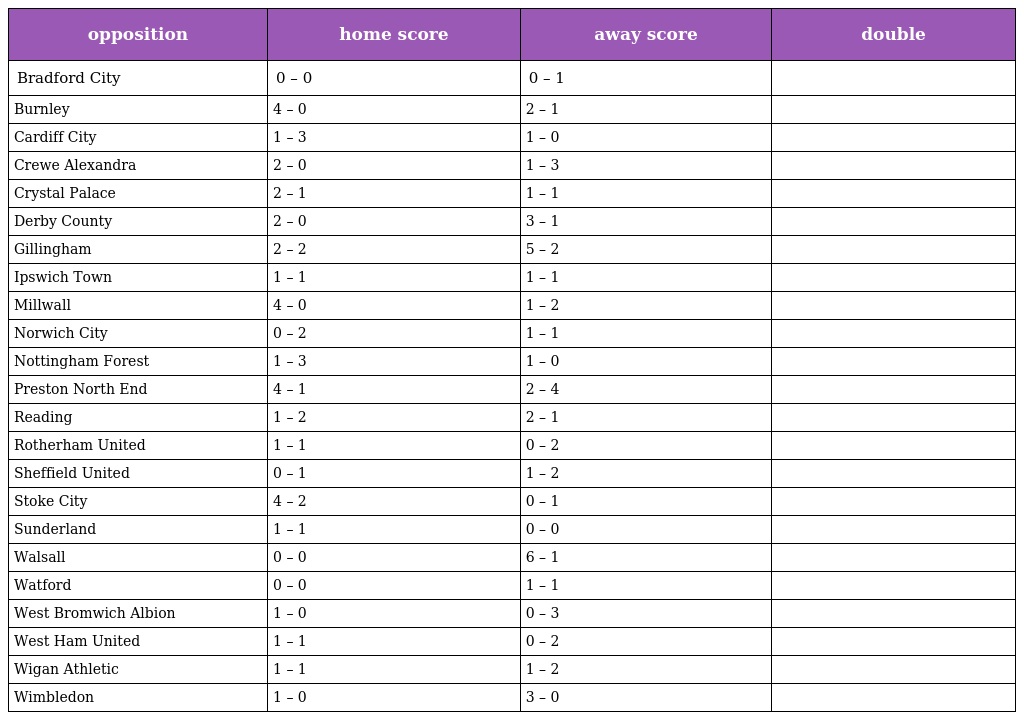
| opposition | home score | away score | double |
 | --- | --- | --- | --- |
 | Bradford City | 0 – 0 | 0 – 1 |  |
 | Burnley | 4 – 0 | 2 – 1 |  |
 | Cardiff City | 1 – 3 | 1 – 0 |  |
 | Crewe Alexandra | 2 – 0 | 1 – 3 |  |
 | Crystal Palace | 2 – 1 | 1 – 1 |  |
 | Derby County | 2 – 0 | 3 – 1 |  |
 | Gillingham | 2 – 2 | 5 – 2 |  |
 | Ipswich Town | 1 – 1 | 1 – 1 |  |
 | Millwall | 4 – 0 | 1 – 2 |  |
 | Norwich City | 0 – 2 | 1 – 1 |  |
 | Nottingham Forest | 1 – 3 | 1 – 0 |  |
 | Preston North End | 4 – 1 | 2 – 4 |  |
 | Reading | 1 – 2 | 2 – 1 |  |
 | Rotherham United | 1 – 1 | 0 – 2 |  |
 | Sheffield United | 0 – 1 | 1 – 2 |  |
 | Stoke City | 4 – 2 | 0 – 1 |  |
 | Sunderland | 1 – 1 | 0 – 0 |  |
 | Walsall | 0 – 0 | 6 – 1 |  |
 | Watford | 0 – 0 | 1 – 1 |  |
 | West Bromwich Albion | 1 – 0 | 0 – 3 |  |
 | West Ham United | 1 – 1 | 0 – 2 |  |
 | Wigan Athletic | 1 – 1 | 1 – 2 |  |
 | Wimbledon | 1 – 0 | 3 – 0 |  |